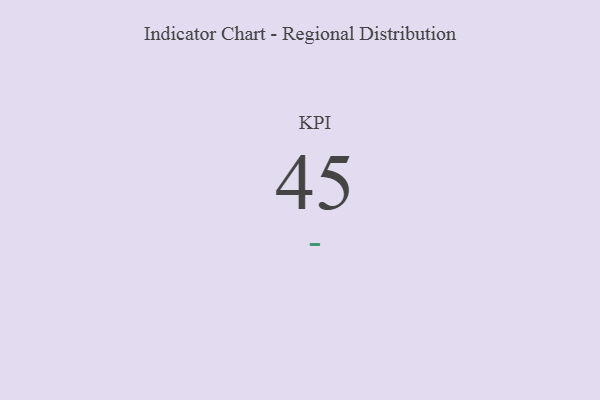
{"axis": {"x": "KPI", "y": "Value"}, "legend": [""], "data": [{"x": "KPI", "y": 45, "type": ""}]}